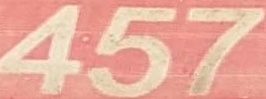
457